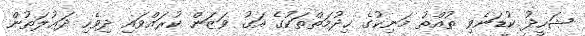
ޝަހީދު ކުޑަނެވި ތުއްތު މަނިކުގެ ޚިދުމަތްތަކުގެ އަގު ވަޒަން ކުރައްވައި ދިވެހި ދަޢުލަތުން